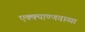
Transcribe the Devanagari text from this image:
एक्क्याण्णवाव्या